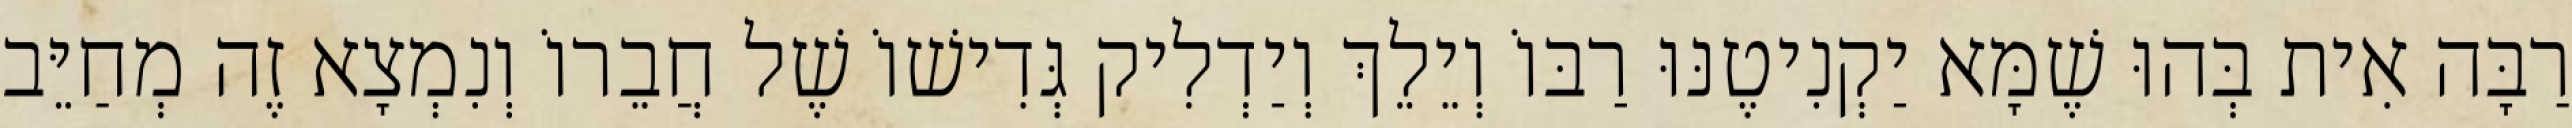
רַבָּה אִית בְּהוּ שֶׁמָּא יַקְנִיטֶנּוּ רַבּוֹ וְיֵלֵךְ וְיַדְלִיק גְּדִישׁוֹ שֶׁל חֲבֵרוֹ וְנִמְצָא זֶה מְחַיֵּב